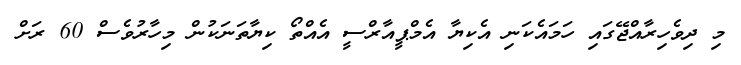
މި ދިވެހިރާއްޖޭގައި ހަމައެކަނި އެކިޔާ އެމްޕީއާރްސީ އެއްތޯ ކިޔާތަނަކުން މިހާރުވެސް 60 ރަށް